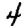
Digit: 4